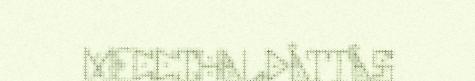
MECCIHALDÂTTÂS